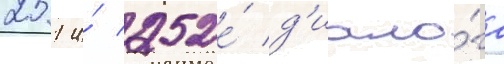
251 и́ 252е́ д'иало́га